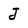
Character: J